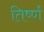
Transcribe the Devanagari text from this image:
तिर्ष्ण